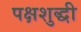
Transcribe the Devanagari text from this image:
पक्षशुद्धी